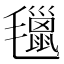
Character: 㲱